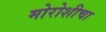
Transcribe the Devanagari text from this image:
मोरोशीचा